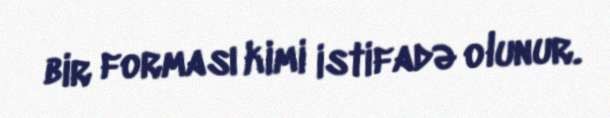
bir forması kimi istifadə olunur.